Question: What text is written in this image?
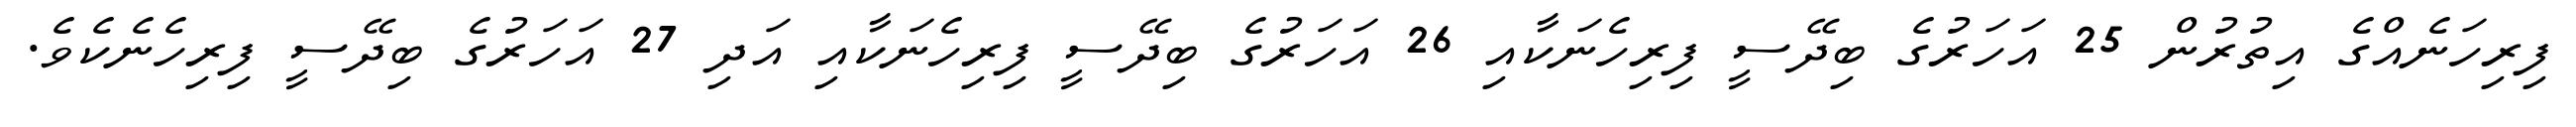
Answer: ފިރިހަނެއްގެ އިތުރުން 25 އަހަރުގެ ބިދޭސީ ފިރިހެނަކާއި 26 އަހަރުގެ ބިދޭސީ ފިރިހެނަކާއި އަދި 27 އަހަރުގެ ބިދޭސީ ފިރިހެނެކެވެ.